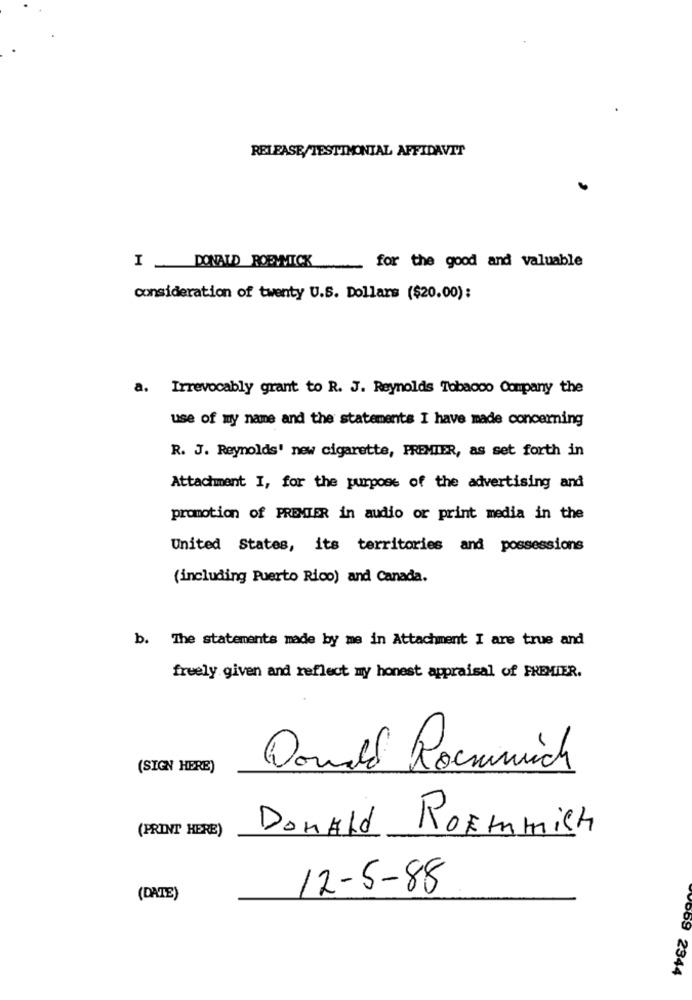
RELEASE/TESTIMONIAL AFFIDAVIT
I _ DONALD ROEVMICK
-
for the good and valuable
consideration of twenty U.S. Dollars ($20.00):
a. Irrevocably grant to R. J. Reynolds Tobacco Company the
use of my name and the statements I have made concerning
R. J. Reynolds' new cigarette, PREMIER, as set forth in
Attachment I, for the purpose of the advertising and
promotion of PREMIER in audio or print media in the
United States, its territories and possessions
(including Puerto Rico) and Canada.
b. The statements made by me in Attachment I are true and
freely given and reflect my honest appraisal of FREMIER.
(SIGN HERE)
Donald Rommich
(PRINT HERE)
Donald RoEmmich
12-5-88
(DATE)
V069 2344